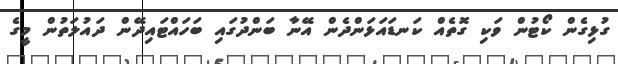
ގުޅިގެން ކޯޓުން ވަކި ގޮތެއް ކަނޑައަޅަންދެން އޭނާ ބަންދުގައި ބަހައްޓައިދޭން ދައުލަތުން މީގެ